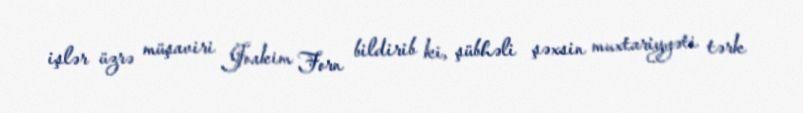
işlər üzrə müşaviri Joakim Forn bildirib ki, şübhəli şəxsin muxtariyyəti tərk